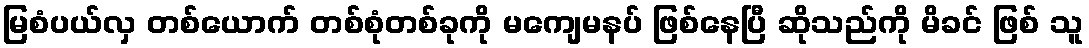
မြစံပယ်လှ တစ်ယောက် တစ်စုံတစ်ခုကို မကျေမနပ် ဖြစ်နေပြီ ဆိုသည်ကို မိခင် ဖြစ် သူ